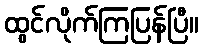
ထွင်လိုက်ကြပြန်ပြီ။